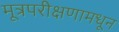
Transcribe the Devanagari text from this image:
मूत्रपरीक्षणामधून